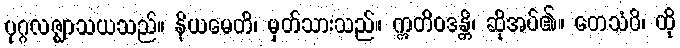
ပုဂ္ဂလဇ္ဈာသယသည်။ နိယမေတိ၊ မှတ်သားသည်။ ဣတိဝဒန္တိ၊ ဆိုအပ်၏။ တေသံပိ၊ ထို